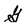
Character: G